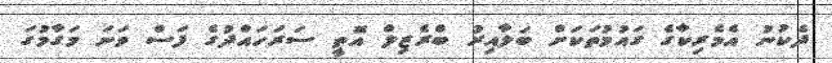
ދެކުނު އެމެރިކާގެ ގައުމުތަކަށް ބަލާއިރު ބްރެޒިލް އޮތީ ސަރަހައްދުގެ ފަސް ވަނަ މަގާމުގަ